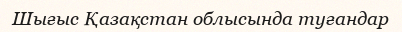
Шығыс Қазақстан облысында туғандар